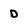
Character: D